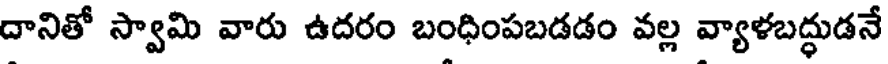
దానితో స్వామి వారు ఉదరం బంధింపబడడం వల్ల వ్యాళబద్ధుడనే